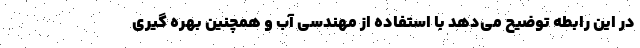
در این رابطه توضیح می‌دهد با استفاده از مهندسی آب و همچنین بهره گیری